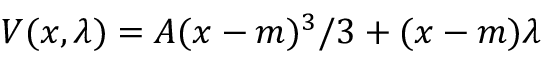
V ( x , \lambda ) = A ( x - m ) ^ { 3 } / 3 + ( x - m ) \lambda